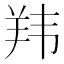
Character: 𬙭